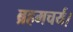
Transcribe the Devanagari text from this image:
ब्रहमचर्य।